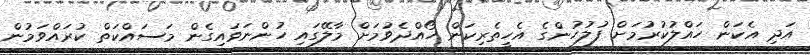
އަދި އެކަން ހައްލުކުރުމަށް ފުލުހުންގެ އެހީތެރިކަން ހޯއްދެވުމަށް މާލޭގައި ހުންނަވައިގެން މަސައްކަތް ކުރައްވަމުން